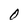
Character: O